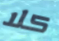
كلا